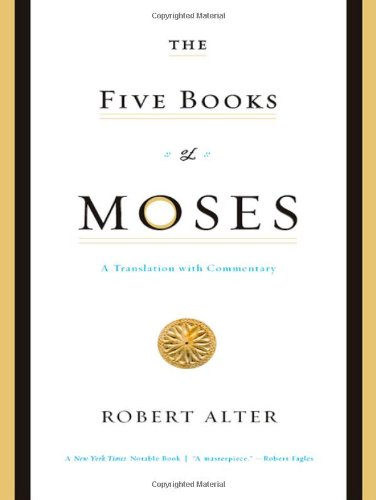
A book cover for The Five Books of Moses: A Translation with Commentary; Robert Alter; Christian Books & Bibles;